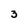
Character: 3